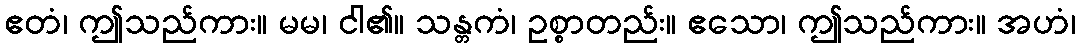
ဧတံ၊ ဤသည်ကား။ မမ၊ ငါ၏။ သန္တကံ၊ ဥစ္စာတည်း။ ဧသော၊ ဤသည်ကား။ အဟံ၊